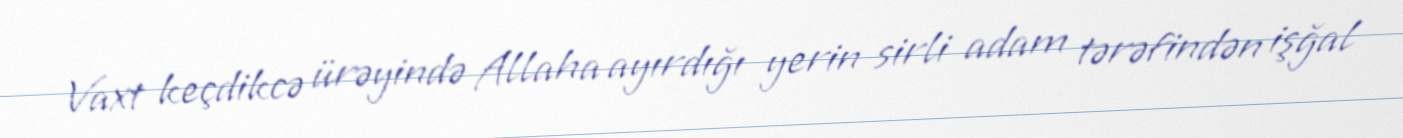
Vaxt keçdikcə ürəyində Allaha ayırdığı yerin sirli adam tərəfindən işğal